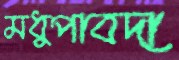
মধুপাবদা